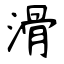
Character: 滑